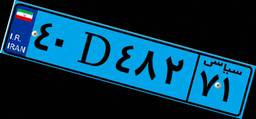
۷۸D۰۱۴۵۷